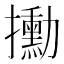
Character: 𫾙